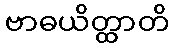
ဗာဓယိတ္ထာတိ